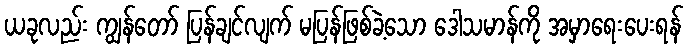
ယခုလည်း ကျွန်တော် ပြန်ချင်လျက် မပြန်ဖြစ်ခဲ့သော ဒေါသမာန်ကို အမှာရေးပေးရန်